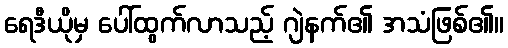
ရေဒီယိုမှ ပေါ်ထွက်လာသည့် ဂျဲနက်၏ အသံဖြစ်၏။